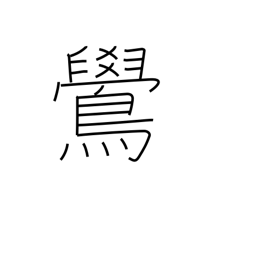
Meaning: bullfinch